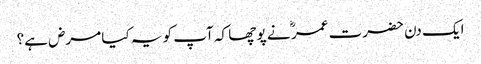
ایک دن حضرت عمر ؓ نے پو چھا کہ آپ کو یہ کیا مرض ہے؟